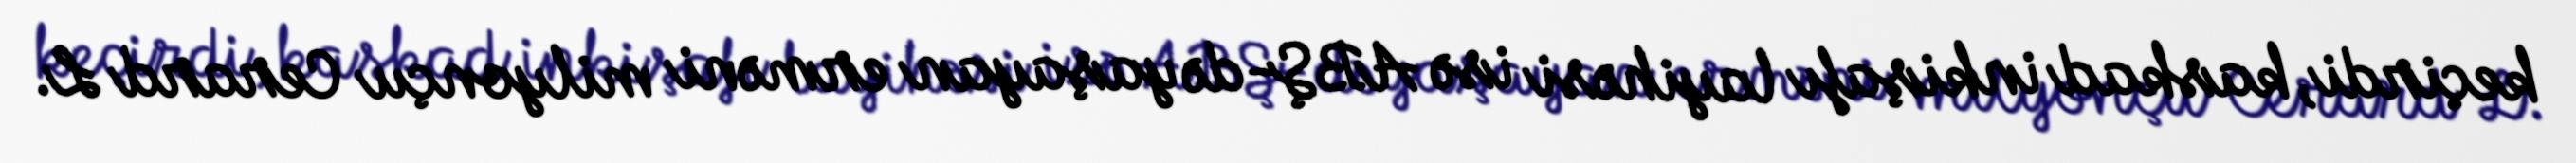
keçirdi, kaskad inkişafı layihəsi isə ABŞ-də yaşayan erməni milyonçu Cerard L.